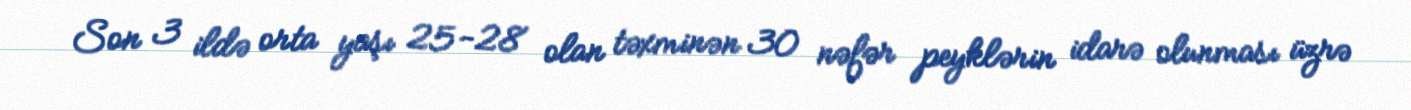
Son 3 ildə orta yaşı 25-28 olan təxminən 30 nəfər peyklərin idarə olunması üzrə